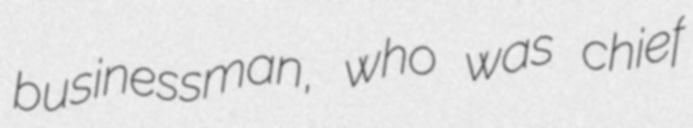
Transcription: businessman, who was chief